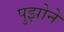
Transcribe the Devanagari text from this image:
पुझोने